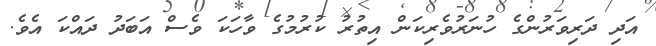
އަދި ދަރިވަރުންގެ ހުނަރުވެރިކަން އިތުރު ކުރުމުގެ ވާހަކަ ވެސް އަބަދު ދައްކަ އެވެ.